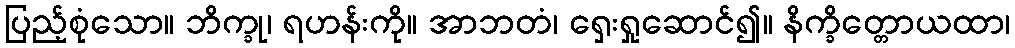
ပြည့်စုံသော။ ဘိက္ခု၊ ရဟန်းကို။ အာဘတံ၊ ရှေးရှုဆောင်၍။ နိက္ခိတ္တောယထာ၊